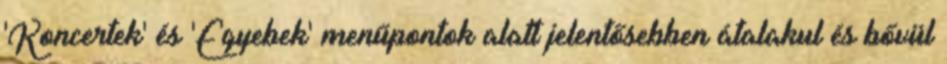
'Koncertek' és 'Egyebek' menűpontok alatt jelentősebben átalakul és bővül